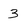
Character: 3